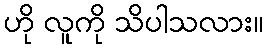
ဟို လူကို သိပါသလား။